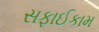
સફાઈકામ